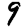
Digit: 9